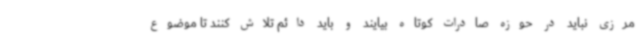
مرزی نباید در حوزه صادرات کوتاه بیایند و باید دائم تلاش کنند تا موضوع